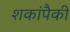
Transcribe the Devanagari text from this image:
शकांपैकी